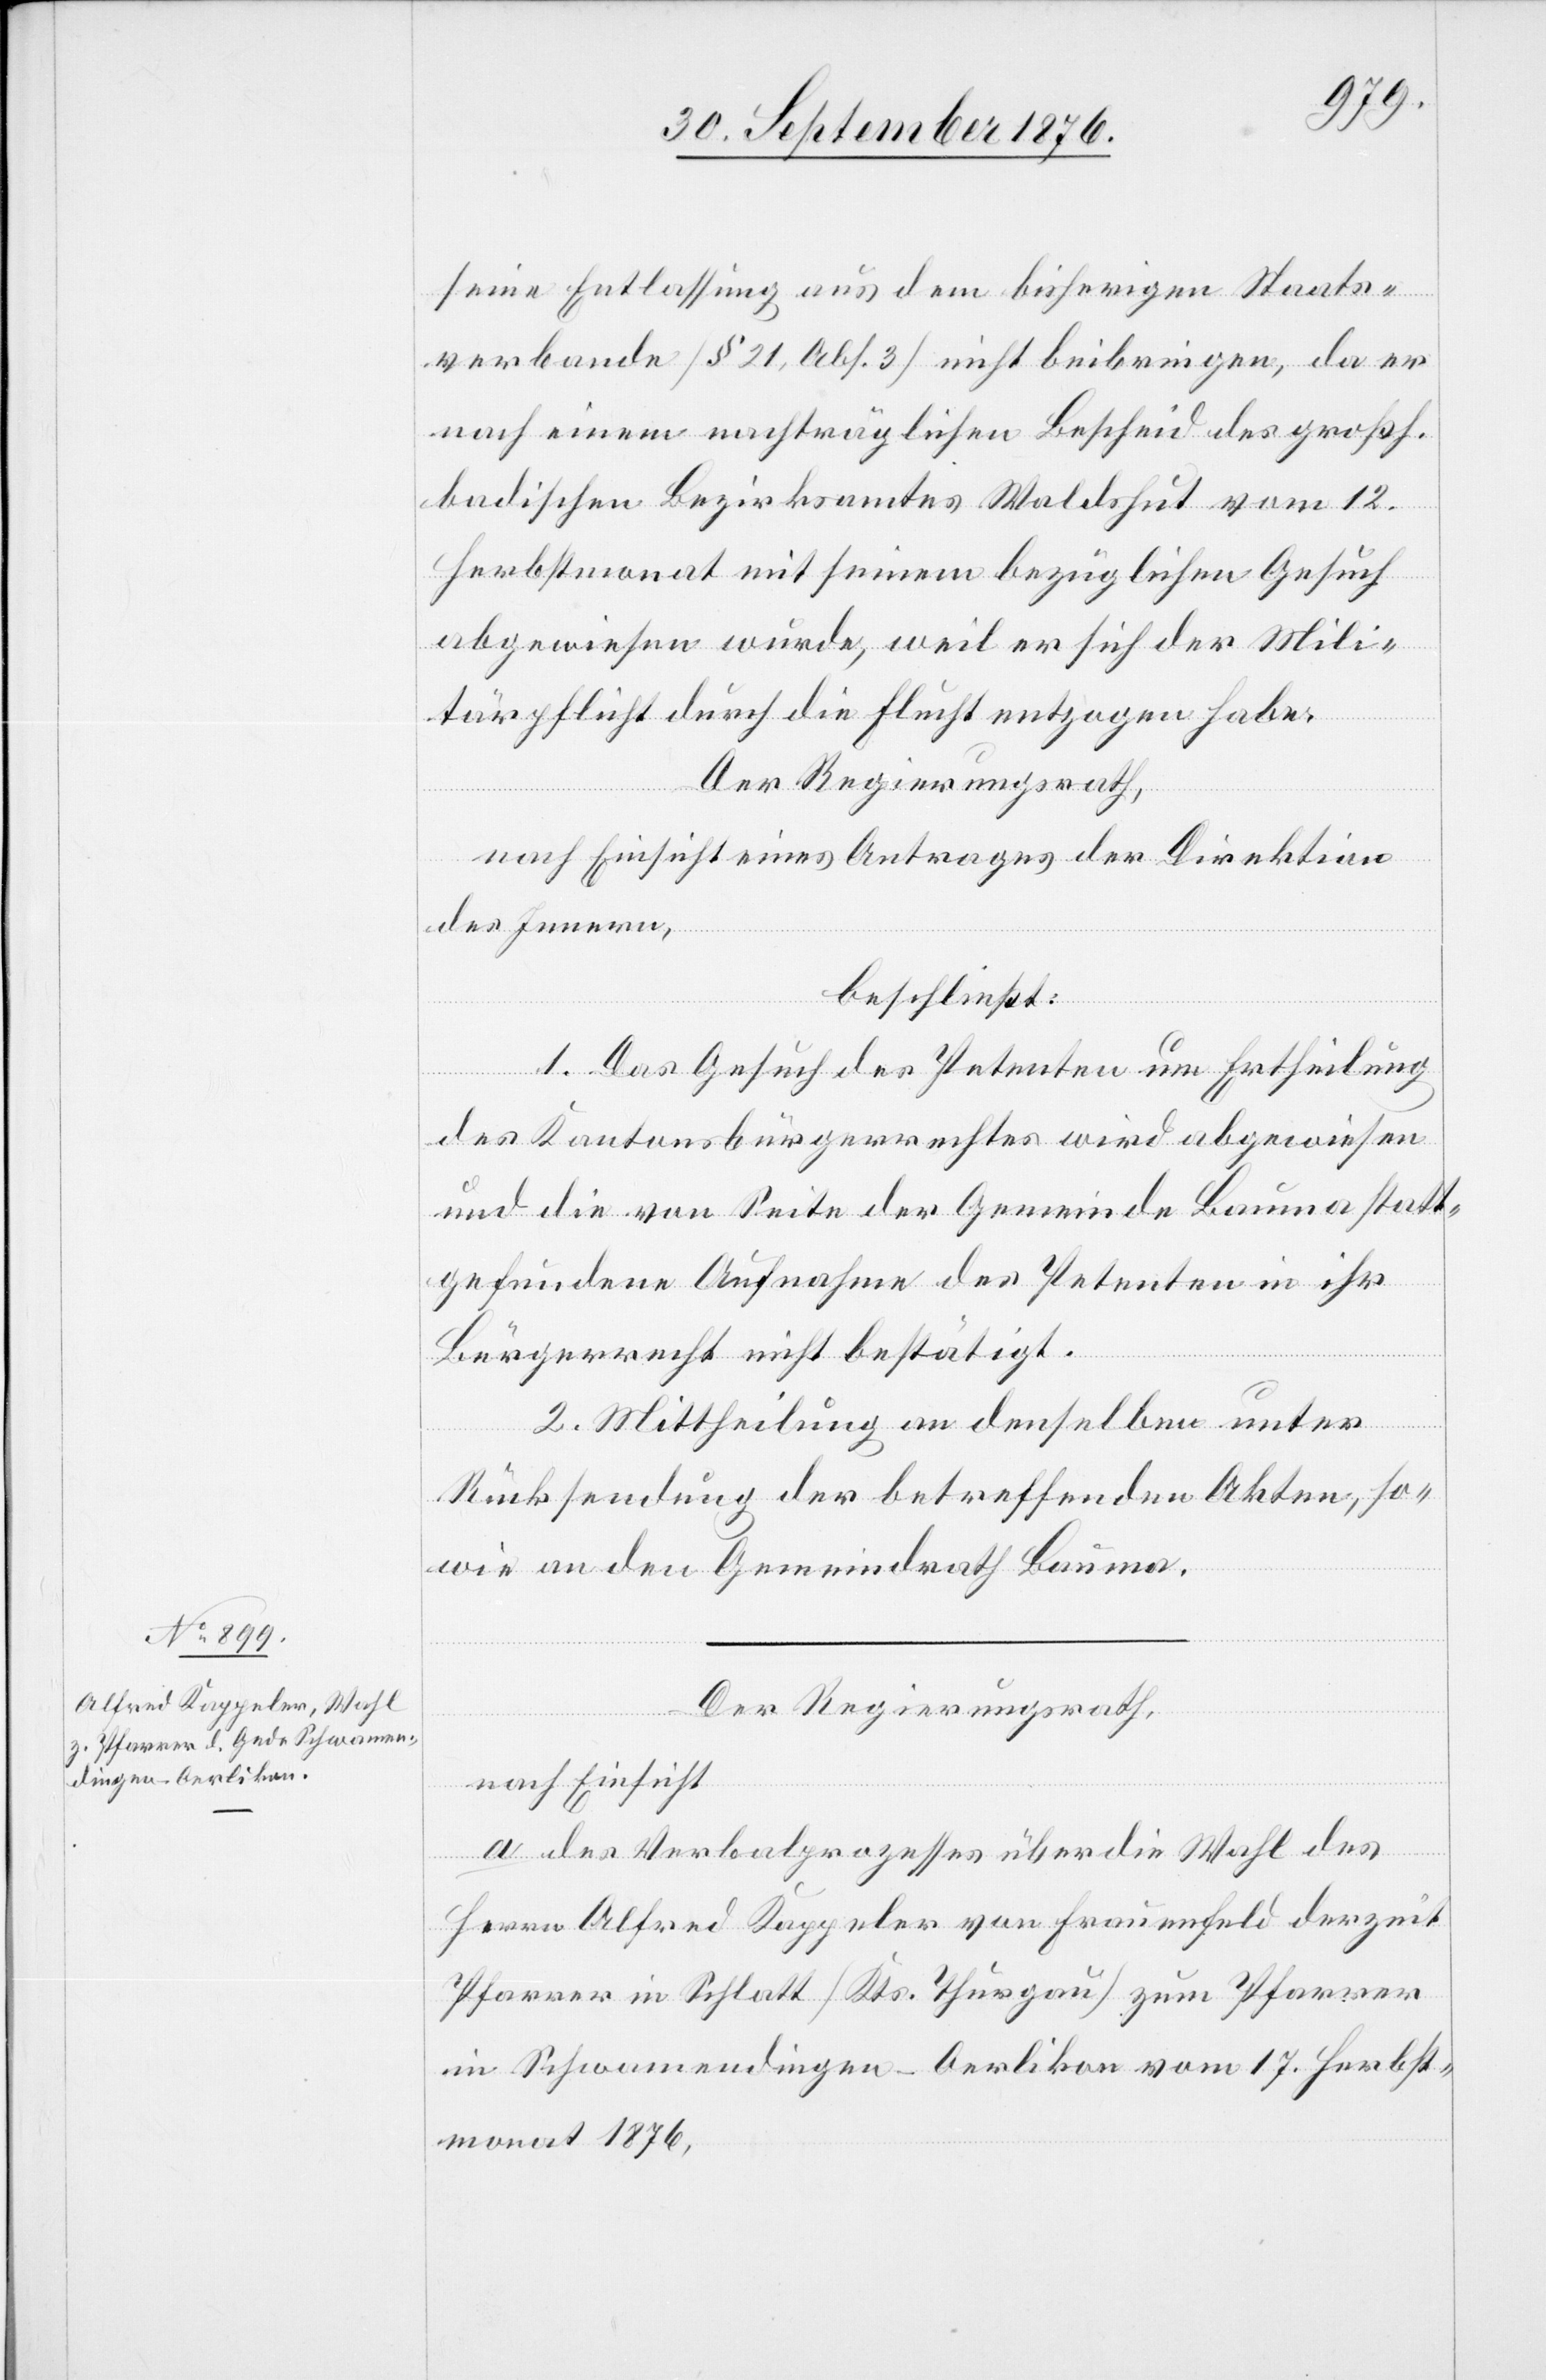
Der Regierungsrath,
nach Einsicht
a. des Verbalprozesses über die Wahl des
Herrn Alfred Kappeler von Frauenfeld derzeit
Pfarrer in Schlatt [Kts. Thurgau] zum Pfarrer
in Schwamendingen - Oerlikon vom 17. Herbst¬
monat 1876,